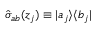
\hat { \sigma } _ { a b } ( z _ { j } ) \equiv | a _ { j } \rangle \langle b _ { j } |